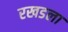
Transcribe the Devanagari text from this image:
रखडला